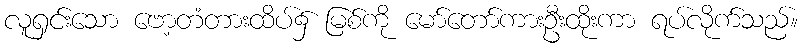
လူရှင်းသော ဗော့တံတားထိပ်၌ မြစ်ကို မော်တော်ကားဦးထိုးကာ ရပ်လိုက်သည်။